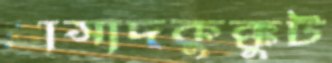
প্রাসাদকুক্কুট